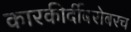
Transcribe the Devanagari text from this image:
कारकीर्दीबरोबरच